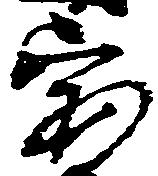
宝